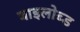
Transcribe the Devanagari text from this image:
बाइलोब्ड